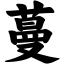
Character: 蔓